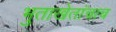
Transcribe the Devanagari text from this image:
भुताखेतांचाच